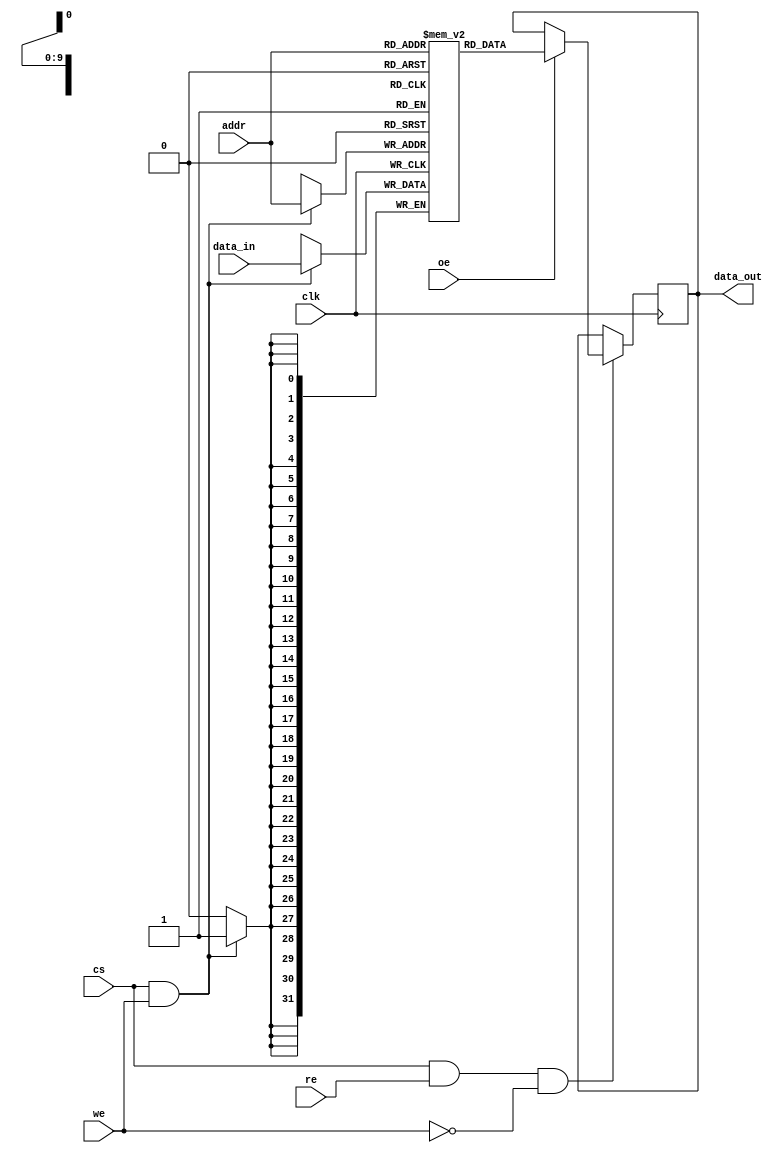
module io_blocks_cache_sram #(
    parameter DATA_WIDTH = 32,  // Width of each word (8, 16, 32)
    parameter ADDR_WIDTH = 10    // Address width (for 1KB: 10 bits, for 4KB: 12 bits, etc.)
)(
    input wire clk,              // Clock signal
    input wire cs,               // Chip Select
    input wire we,               // Write Enable
    input wire re,               // Read Enable
    input wire oe,               // Output Enable
    input wire [ADDR_WIDTH-1:0] addr, // Address input
    input wire [DATA_WIDTH-1:0] data_in, // Data input for write
    output reg [DATA_WIDTH-1:0] data_out  // Data output for read
);

    // Memory array declaration
    reg [DATA_WIDTH-1:0] memory [(2**ADDR_WIDTH)-1:0];

    // Read operation
    always @(posedge clk) begin
        if (cs && re && !we) begin
            // Ensure output is enabled only when read is active
            if (oe) begin
                data_out <= memory[addr]; // Read data from memory
            end
        end
    end

    // Write operation
    always @(posedge clk) begin
        if (cs && we) begin
            memory[addr] <= data_in; // Write data to memory
        end
    end

    // Optional: Power management and error detection can be added here

endmodule